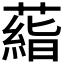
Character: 𬞙